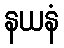
နယနံ